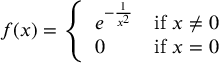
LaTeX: f ( x ) = { \left\{ \begin{array} { l l } { e ^ { - { \frac { 1 } { x ^ { 2 } } } } } & { { \mathrm { i f ~ } } x \neq 0 } \\ { 0 } & { { \mathrm { i f ~ } } x = 0 } \end{array} \right. }